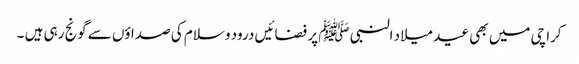
کراچی میں بھی عید میلاد النبی ﷺ پر فضائیں درود وسلام کی صداؤں سے گونج رہی ہیں ۔